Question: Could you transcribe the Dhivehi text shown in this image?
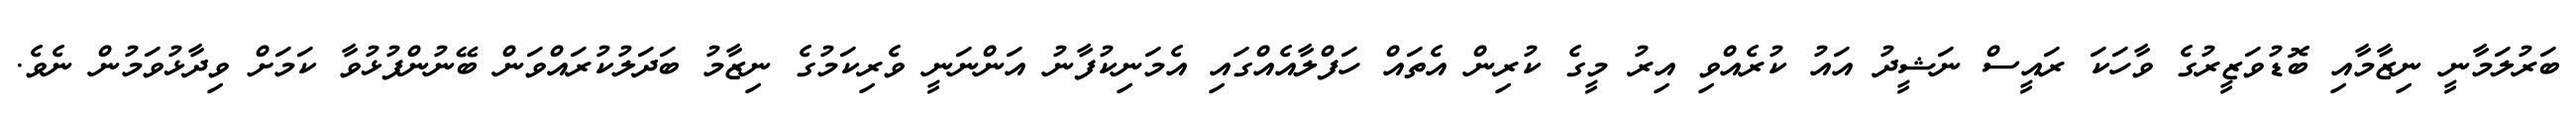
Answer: ބަރުލަމާނީ ނިޒާމާއި ބޮޑުވަޒީރުގެ ވާހަކަ ރައީސް ނަޝީދު އައު ކުރެއްވި އިރު މީގެ ކުރިން އެތައް ހަފްލާއެއްގައި އެމަނިކުފާނު އަންނަނީ ވެރިކަމުގެ ނިޒާމު ބަދަލުކުރައްވަން ބޭނުންފުޅުވާ ކަމަށް ވިދާޅުވަމުން ނެވެ.